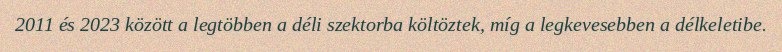
2011 és 2023 között a legtöbben a déli szektorba költöztek, míg a legkevesebben a délkeletibe.